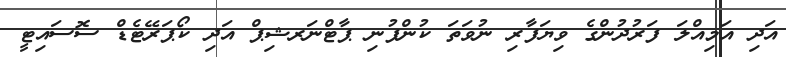
އަދި އަމިއްލަ ފަރުދުންގެ ވިޔަފާރި ނުވަތަ ކުންފުނި ޕާޓްނަރޝިޕް އަދި ކޯޕަރޭޓެޑް ސޮސައިޓީ